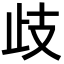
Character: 歧